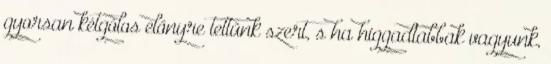
gyorsan kétgólos előnyre tettünk szert, s ha higgadtabbak vagyunk,